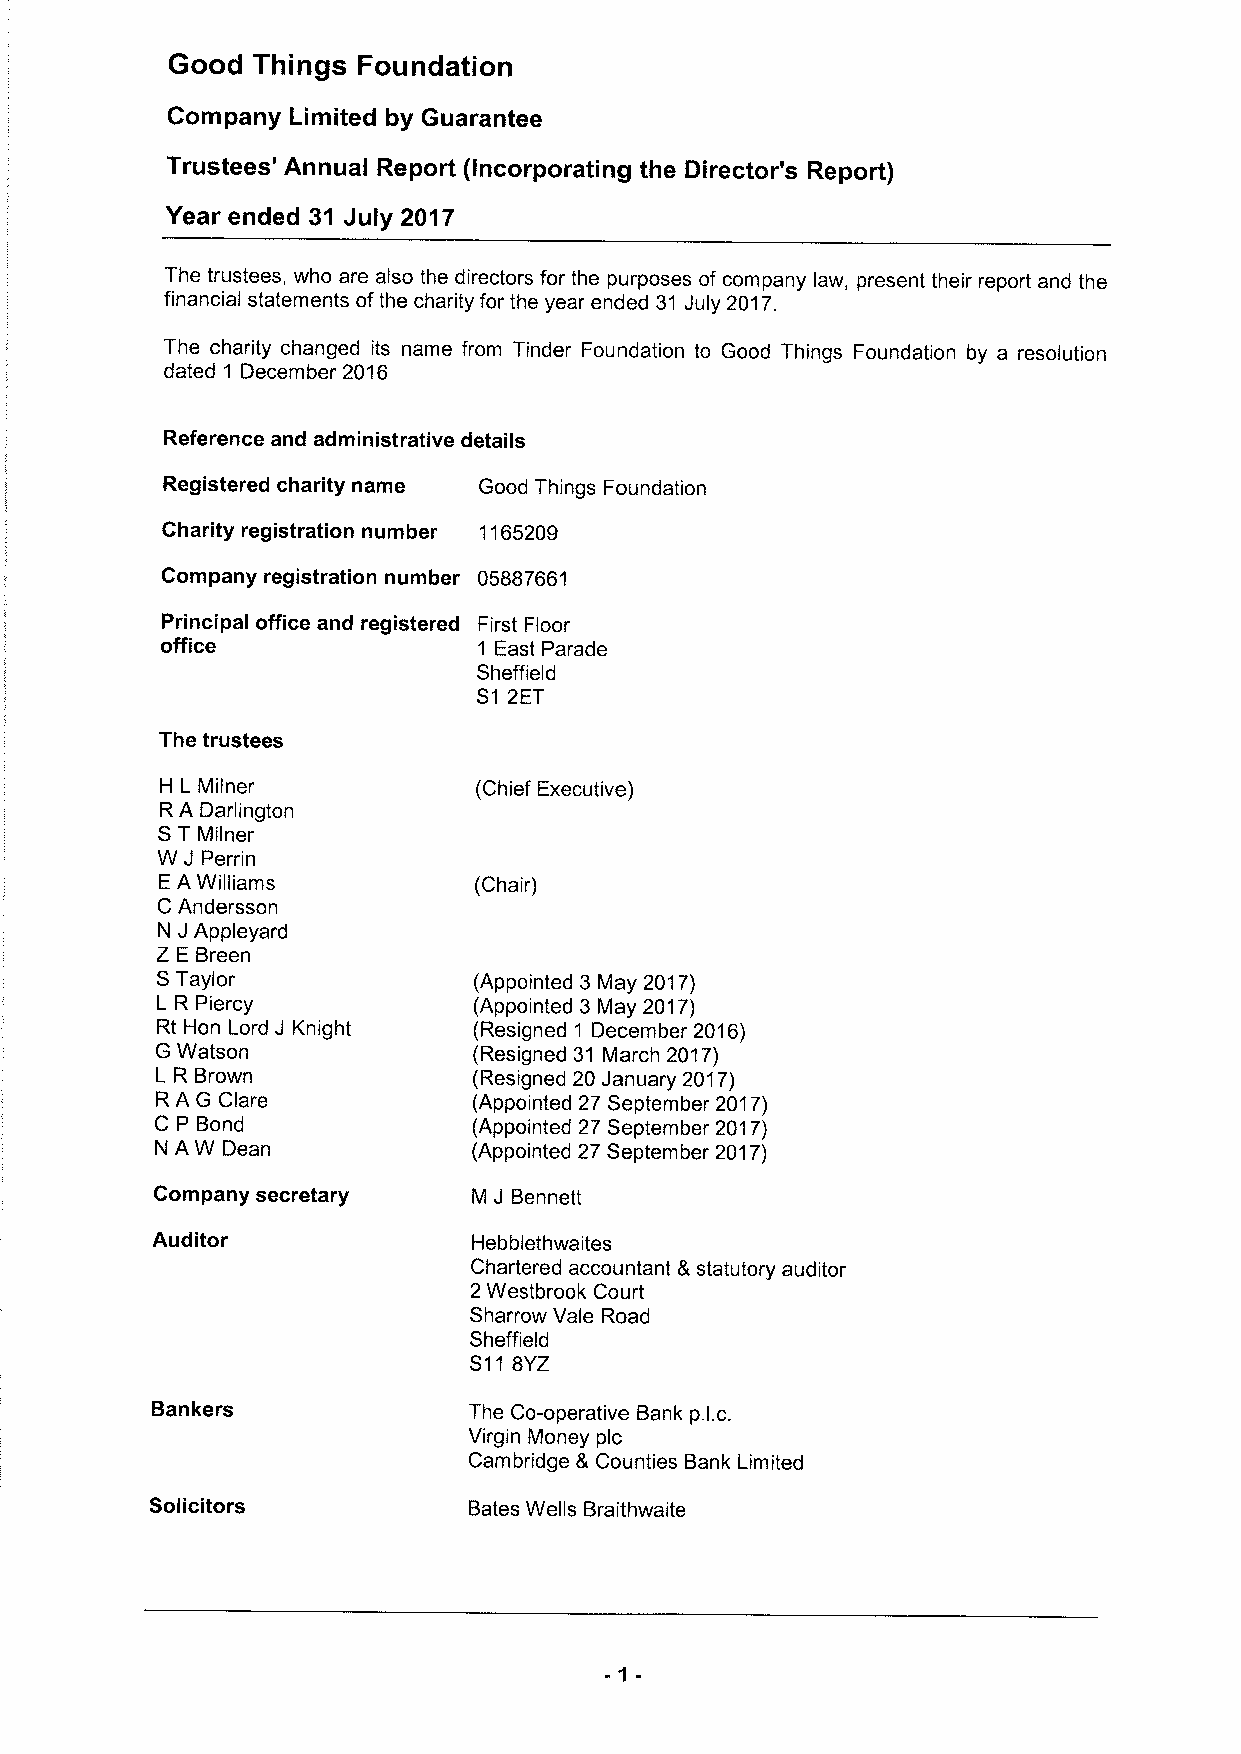
Good  Things Foundation
 Company Limited by Guarantee
 Trustees' Annual Report (Incorporating the Director's Report)
 Year ended 31 July 2017
 The trustees, who are also the directors for the purposes of company law, present their report and the
 financial statements ofthe charity for the year ended 31 July 2017.
 The charity changed its name from Tinder Foundation to Good Things Foundation by a resolution
 dated 1 December 2016
 Reference and administrative details
 Registered charity name Good Things Foundation
 Charity registration number 1165209
 Company registration number 05887661
 Principal office and registered First Floor
 office               1 East Parade
 Sheffield
 S1 2ET
 The trustees
 H L Milner           (Chief Executive)
 RA Darlington
 ST Milner
 W J Perrin
 EA Williams          (Chair)
 C Andersson
 J
 N  Appleyard
 Z E Breen
 STaylor              (Appointed 3 May 2017)
 L R Piercy           (Appointed 3 May 2017)
 Rt Hon Lord J Knight (Resigned 1 December 2016)
 G Watson             (Resigned 31 March 2017)
 L R Brown            (Resigned 20 January 2017)
 RAG Clare            (Appointed 27 September 2017)
 C P Bond             (Appointed 27 September 2017)
 NAW  Dean            (Appointed 27 September 2017)
 Company secretary    M J Bennett
 Auditor              Hebblethwaites
 Chartered accountant 8 statutory auditor
 2Westbrook Court
 Sharrow Vale Road
 Sheffield
 S118YZ
 Bankers              The Co-operative Bank p.l.c.
 Virgin Money pic
 Cambridge 8 Counties Bank Limited
 Solicitors           Bates Wells Braithwaite